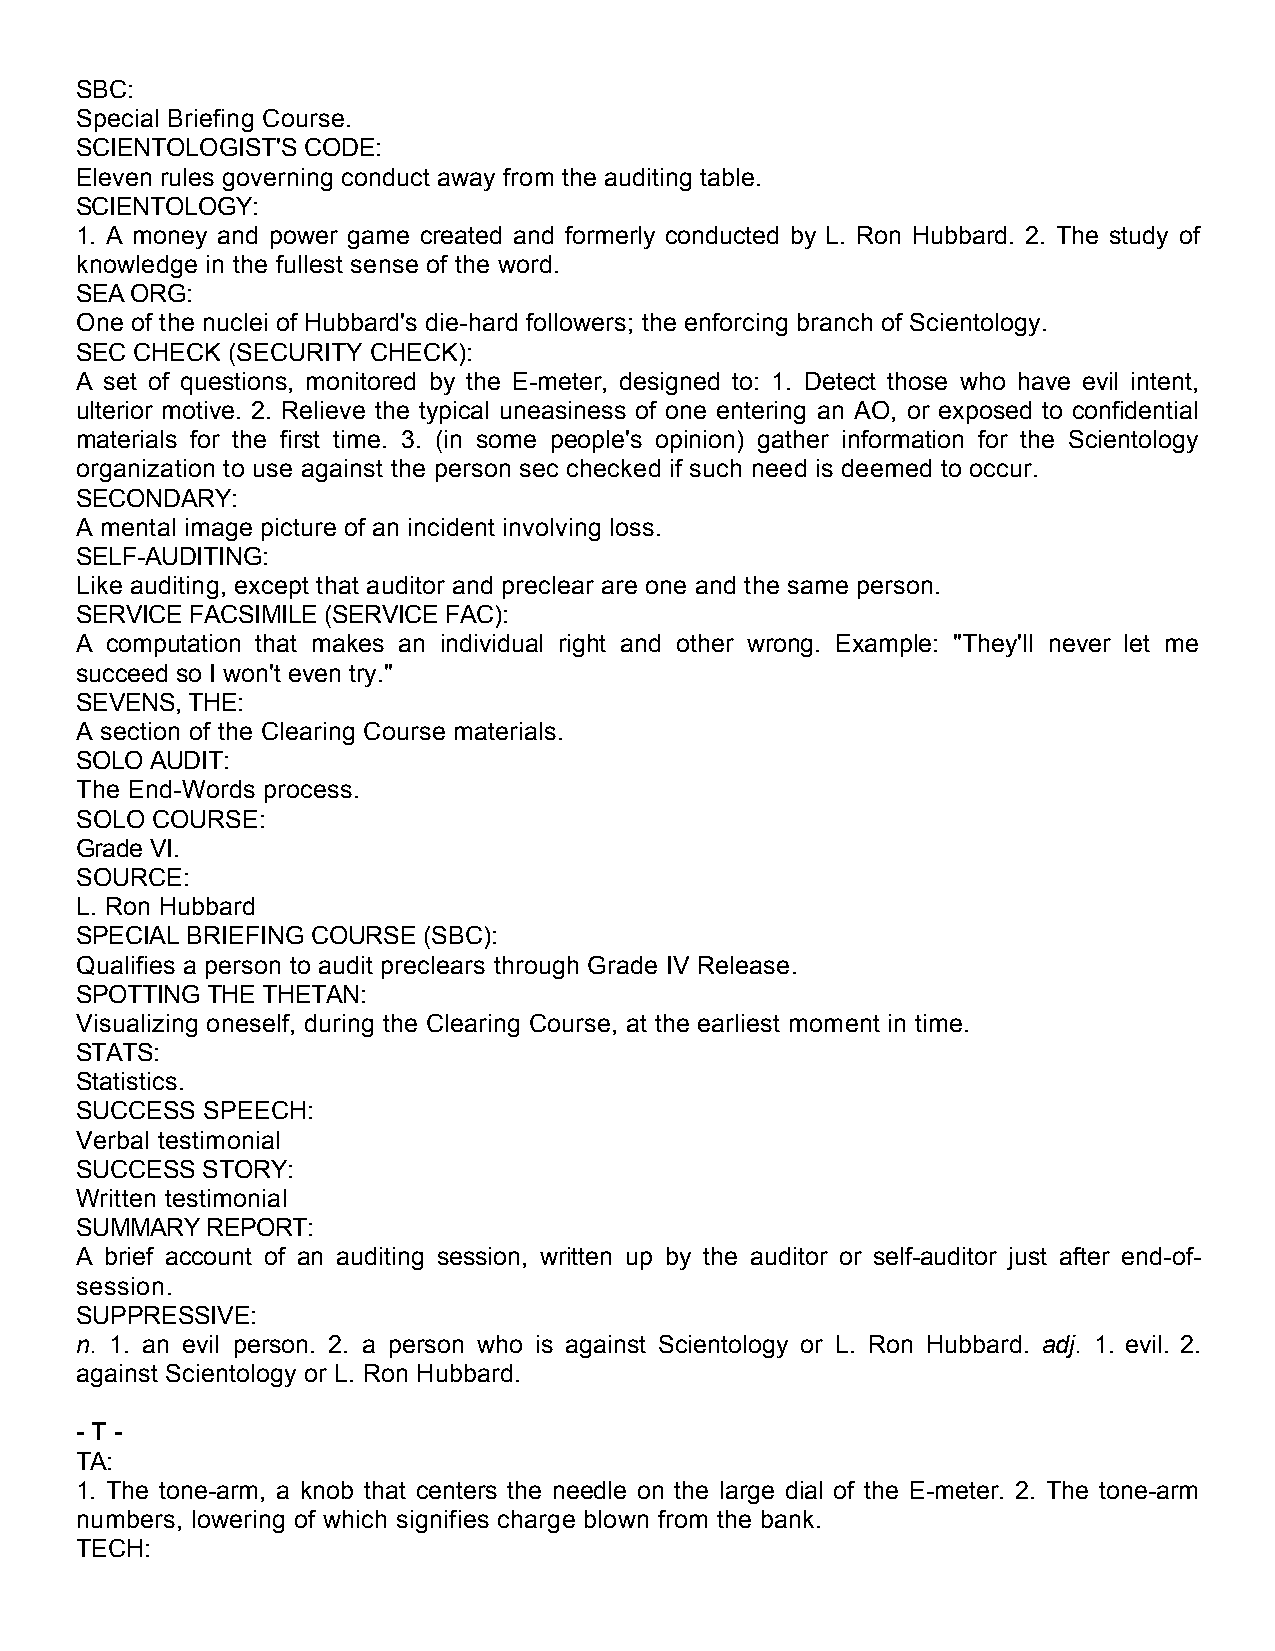
SBC:
 Special Briefing Course.
 SCIENTOLOGIST'S CODE:
 Eleven rules governing conduct away from the auditing table.
 SCIENTOLOGY:
 1. A money and power game created and formerly conducted by L. Ron Hubbard. 2. The study of
 knowledge in the fullest sense of the word.
 SEA ORG:
 One of the nuclei of Hubbard's die-hard followers; the enforcing branch of Scientology.
 SEC CHECK (SECURITY CHECK):
 A set of questions, monitored by the E-meter, designed to: 1. Detect those who have evil intent,
 ulterior motive. 2. Relieve the typical uneasiness of one entering an AO, or exposed to confidential
 materials for the first time. 3. (in some people's opinion) gather information for the Scientology
 organization to use against the person sec checked if such need is deemed to occur.
 SECONDARY:
 A mental image picture of an incident involving loss.
 SELF-AUDITING:
 Like auditing, except that auditor and preclear are one and the same person.
 SERVICE FACSIMILE (SERVICE FAC):
 A computation that makes an individual right and other wrong. Example: "They'll never let me
 succeed so I won't even try."
 SEVENS, THE:
 A section of the Clearing Course materials.
 SOLO AUDIT:
 The End-Words process.
 SOLO COURSE:
 Grade VI.
 SOURCE:
 L. Ron Hubbard
 SPECIAL BRIEFING COURSE (SBC):
 Qualifies a person to audit preclears through Grade IV Release.
 SPOTTING THE THETAN:
 Visualizing oneself, during the Clearing Course, at the earliest moment in time.
 STATS:
 Statistics.
 SUCCESS SPEECH:
 Verbal testimonial
 SUCCESS STORY:
 Written testimonial
 SUMMARY  REPORT:
 A brief account of an auditing session, written up by the auditor or self-auditor just after end-of-
 session.
 SUPPRESSIVE:
 n. 1. an evil person. 2. a person who is against Scientology or L. Ron Hubbard. adj. 1. evil. 2.
 against Scientology or L. Ron Hubbard.
 - T -
 TA:
 1. The tone-arm, a knob that centers the needle on the large dial of the E-meter. 2. The tone-arm
 numbers, lowering of which signifies charge blown from the bank.
 TECH: